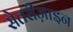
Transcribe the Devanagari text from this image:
सेतरीज़ाइन